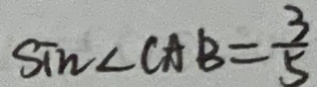
\sin \angle C A B = \frac { 3 } { 5 }